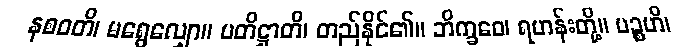
နစဝတိ၊ မရွေလျှော။ ပတိဋ္ဌာတိ၊ တည်နိုင်၏။ ဘိက္ခဝေ၊ ရဟန်းတို့။ ပဉ္စဟိ၊